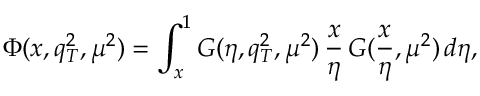
\Phi ( x , q _ { T } ^ { 2 } , \mu ^ { 2 } ) = \int _ { x } ^ { 1 } { \cal G } ( \eta , q _ { T } ^ { 2 } , \mu ^ { 2 } ) \, \frac { x } { \eta } \, G ( \frac { x } { \eta } , \mu ^ { 2 } ) \, d \eta ,